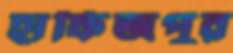
হাফিজপুর